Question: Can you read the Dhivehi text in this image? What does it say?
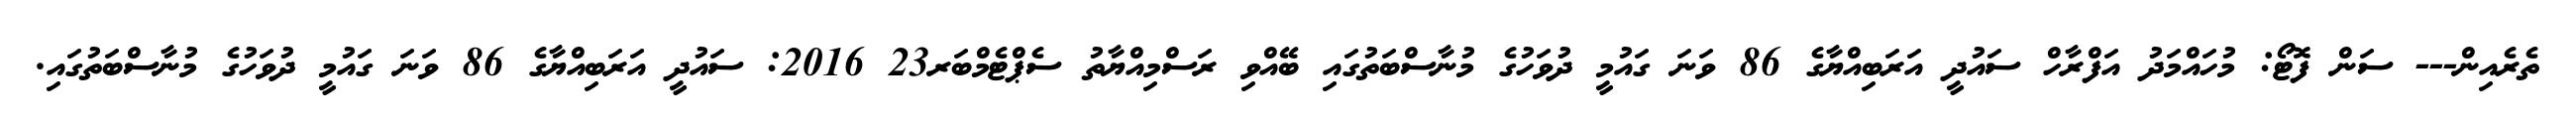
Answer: ތެރެއިން--- ސަން ފޮޓޯ: މުހައްމަދު އަފްރާހް ސައުދީ އަރަބިއްޔާގެ 86 ވަނަ ގައުމީ ދުވަހުގެ މުނާސްބަތުގައި ބޭއްވި ރަސްމިއްޔާތު ސެޕްޓެމްބަރ23 2016: ސައުދީ އަރަބިއްޔާގެ 86 ވަނަ ގައުމީ ދުވަހުގެ މުނާސްބަތުގައި.